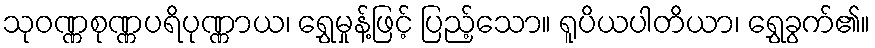
သုဝဏ္ဏစုဏ္ဏပရိပုဏ္ဏာယ၊ ရွှေမှုန့်ဖြင့် ပြည့်သော။ ရူပိယပါတိယာ၊ ရွှေခွက်၏။